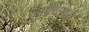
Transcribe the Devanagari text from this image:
सर्वरमध्ये